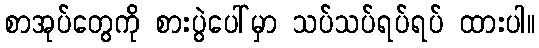
စာအုပ်တွေကို စားပွဲပေါ်မှာ သပ်သပ်ရပ်ရပ် ထားပါ။